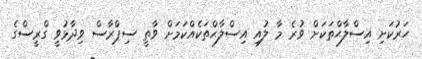
ހަރުކަށި އިސްލާޙްތަކަށް ވުރެ މާ ލުއި އިސްލާޙްތަކެއްކަމަށް ވާތީ ސިޕްރާސް ވިދާޅުވީ ގްރީސްގެ